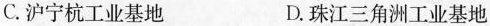
C.沪宁杭工业基地 D.珠江三角洲工业基地